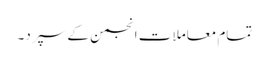
تمام معاملات انجمن کے سپرد۔